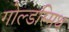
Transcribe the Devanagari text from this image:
गोल्‍डस्‍मिथ